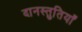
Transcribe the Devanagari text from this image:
दानस्तुतियाँ